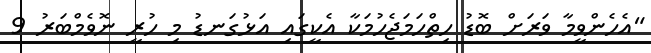
"އެހެންވީމާ ވަރަށް ބޮޑު ހިތްހަމަޖެހުމަކާ އެކީގައި އަޅުގަނޑު މި ހުރީ ނޮވެމްބަރު 9